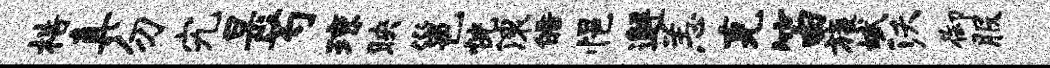
梏真勿究杲芍琼映邕恍滚皓悒邂恙克笛旒斌沃御服